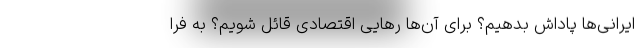
ایرانی‌ها پاداش بدهیم؟ برای آن‌ها رهایی اقتصادی قائل شویم؟ به فرا